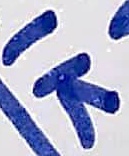
Text: 1K